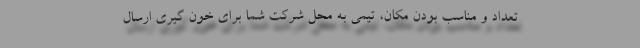
تعداد و مناسب بودن مکان، تیمی به محل شرکت شما برای خون گیری ارسال